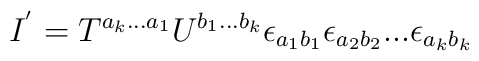
I^{'} = T^{a_{k}...a_{1}} U^{b_{1}...b_{k}} \epsilon_{a_{1}b_{1}}\epsilon_{a_{2}b_{2}}...\epsilon_{a_{k} b_{k}}